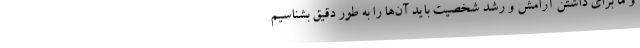
و ما برای داشتن آرامش و رشد شخصیت باید آن‌ها را به طور دقیق بشناسیم